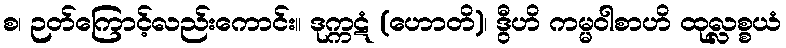
စ၊ ဉတ်ကြောင့်လည်းကောင်း။ ဒုက္ကဋံ (ဟောတိ)၊ ဒွီဟိ ကမ္မဝါစာဟိ ထုလ္လစ္စယံ